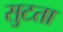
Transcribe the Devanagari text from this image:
सुटता